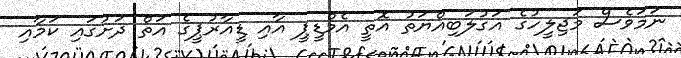
ނަމަވެސް މަޖިލީހުގެ އަގުލަބިއްޔަތު އޮތީ އެމްޑީޕީ އާއި ޑީއާރުޕީގެ އަތް ދަށުގައި ކަމާއި